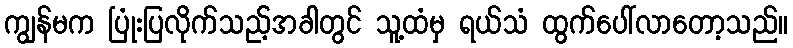
ကျွန်မက ပြုံးပြလိုက်သည့်အခါတွင် သူ့ထံမှ ရယ်သံ ထွက်ပေါ်လာတော့သည်။